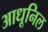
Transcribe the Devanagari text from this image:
आधूनिल